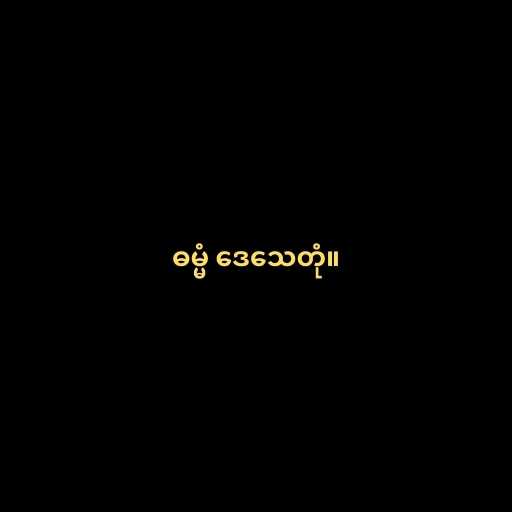
ဓမ္မံ ဒေသေတုံ။